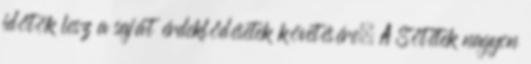
időtök lesz a saját érdeklődésetek követésére. A Sötétek nagyon